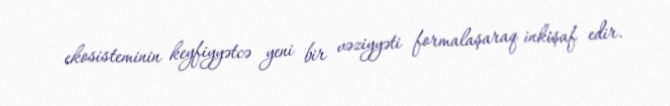
ekosisteminin keyfiyyətcə yeni bir vəziyyəti formalaşaraq inkişaf edir.